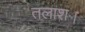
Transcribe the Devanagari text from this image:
तलाश।